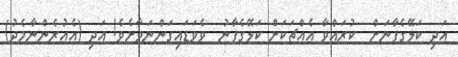
އަދި ކަލޭގެފާނަށް  ކުރައްވާ އެއްޗަކަށް ކަލޭގެފާނު  ވެވަޑައިގަންނަވާށެވެ! އަދި (އެއުރެންނާމެދު)